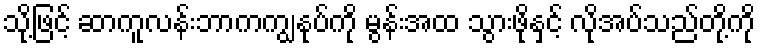
သို့ဖြင့် ဆာကူလန်းဘာကကျွနုပ်ကို မွန်းအထ သွားဖိုနှင့် လိုအပ်သည်တို့ကို